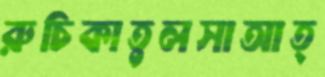
রুচিকাতুলসাআত্